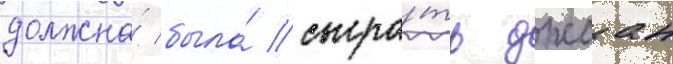
должна́ была́ сыгра́ть джоан